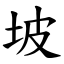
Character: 坡